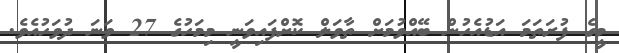
މީގެ ފުރަތަމަ އަޑުއެހުން ބޭއްވުމަށް ތާވަލް ކޮށްފައިވަނީ މިމަހުގެ 27 ވަނަ ދުވަހުއެވެ.